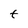
Character: t